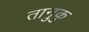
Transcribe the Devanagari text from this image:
तानुकु